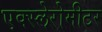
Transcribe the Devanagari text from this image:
एक्स्लेरोमीटर